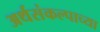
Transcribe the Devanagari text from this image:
अर्थसंकल्पाच्या